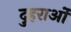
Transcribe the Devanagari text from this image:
दुहराओं